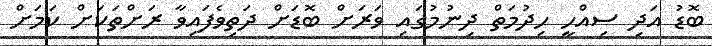
ބޮޑު އަދި ސިއްހީ ހިދުމަތް ދިނުމުގައި ވަރަށް ބޮޑަށް ދަތިވެފައިވާ ރަށްތަކަށް ކަމަށް